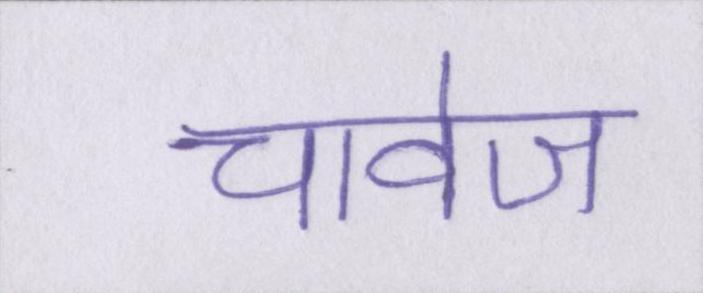
चावेज